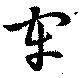
牢